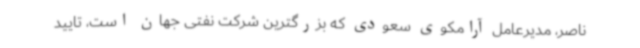
ناصر، مدیرعامل آرامکوی سعودی که بزرگترین شرکت نفتی جهان است، تایید